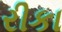
રીકા